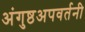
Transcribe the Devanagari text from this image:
अंगुष्ठअपवर्तनी